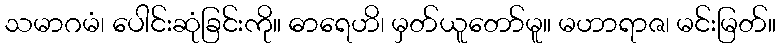
သမာဂမံ၊ ပေါင်းဆုံခြင်းကို။ ဓာရေဟိ၊ မှတ်ယူတော်မူ။ မဟာရာဇ၊ မင်းမြတ်။